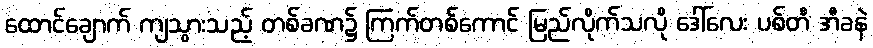
ထောင်ချောက် ကျသွားသည့် တစ်ခဏ၌ ကြက်တစ်ကောင် မြည်လိုက်သလို ဒေါ်လေး ပစ်တီ အီခနဲ